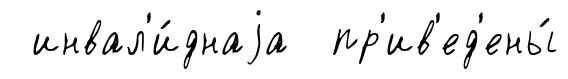
инвал'и́днаjа пр'ив'ед'ены́